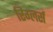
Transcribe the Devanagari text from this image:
रिग्लर्स